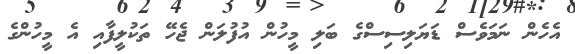
އެހެން ނަމަވެސް ޑަޔަލިސިސްގެ ބަލި މީހުން އުފުލަން ޖެހޭ ތަކުލީފާއި އެ މީހުންގެ